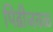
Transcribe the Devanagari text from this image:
पिढीजवळ